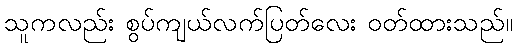
သူကလည်း စွပ်ကျယ်လက်ပြတ်လေး ဝတ်ထားသည်။